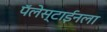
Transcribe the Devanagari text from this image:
पॅलेस्टाईनला